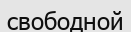
свободной